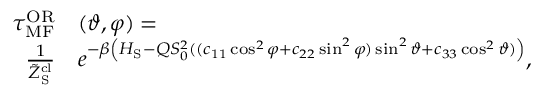
\begin{array} { r l } { \tau _ { \mathrm { M F } } ^ { \mathrm { O R } } } & { { } ( \vartheta , \varphi ) = } \\ { \frac { 1 } { \tilde { Z } _ { \mathrm { S } } ^ { \mathrm { c l } } } } & { { } e ^ { - \beta \left( H _ { \mathrm { S } } - Q S _ { 0 } ^ { 2 } ( ( c _ { 1 1 } \cos ^ { 2 } \varphi + c _ { 2 2 } \sin ^ { 2 } \varphi ) \sin ^ { 2 } \vartheta + c _ { 3 3 } \cos ^ { 2 } \vartheta ) \right) } , } \end{array}